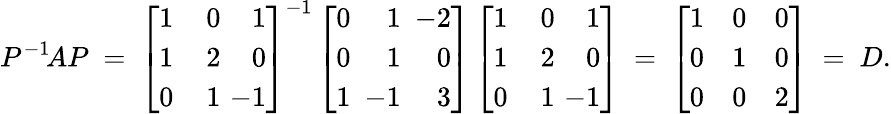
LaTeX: P^{-1}\! AP\ =\ \left[{\begin{array}{rrr}{1}&{\, 0}&{1}\\ {1}&{2}&{0}\\ {0}&{1}&{\! \! \! \! -1}\end{array}}\right]^{-1}\left[{\begin{array}{rrr}{0}&{1}&{\! \! \! -2}\\ {0}&{1}&{0}\\ {1}&{\! \! \! -1}&{3}\end{array}}\right]\left[{\begin{array}{rrr}{1}&{\, 0}&{1}\\ {1}&{2}&{0}\\ {0}&{1}&{\! \! \! \! -1}\end{array}}\right]\ =\ {\left[\begin{array}{lll}{1}&{0}&{0}\\ {0}&{1}&{0}\\ {0}&{0}&{2}\end{array}\right]}\ =\ D.